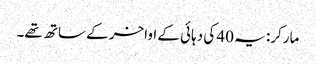
مارکر: یہ 40 کی دہائی کے اواخر کے ساتھ تھے۔